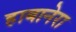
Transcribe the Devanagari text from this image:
हाबानेरा